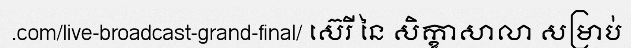
.com/live-broadcast-grand-final/ ស៊េរី នៃ សិក្ខាសាលា សម្រាប់